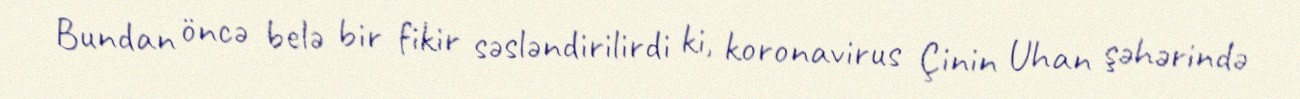
Bundan öncə belə bir fikir səsləndirilirdi ki, koronavirus Çinin Uhan şəhərində